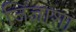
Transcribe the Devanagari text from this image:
जिज्ञाशा